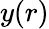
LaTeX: y(r)